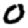
Digit: 0